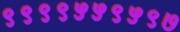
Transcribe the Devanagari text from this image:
९९९९५५९५९७